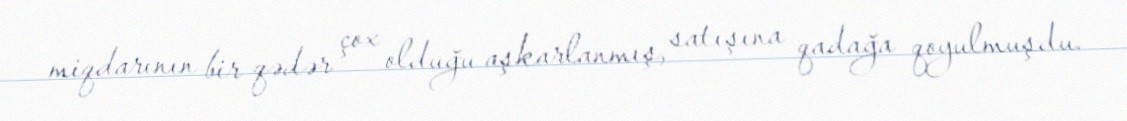
miqdarının bir qədər çox olduğu aşkarlanmış, satışına qadağa qoyulmuşdu.